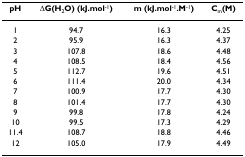
<table><thead><tr><td><b>pH</b></td><td><b>ΔG(H<sub>2</sub>O) (kJ.mol<sup>-1</sup>)</b></td><td><b>m (kJ.mol<sup>-1</sup>.M<sup>-1</sup>)</b></td><td><b>C<sub>m</sub>(M)</b></td></tr></thead><tbody><tr><td>1</td><td>94.7</td><td>16.3</td><td>4.25</td></tr><tr><td>2</td><td>95.9</td><td>16.3</td><td>4.37</td></tr><tr><td>3</td><td>107.8</td><td>18.6</td><td>4.48</td></tr><tr><td>4</td><td>108.5</td><td>18.4</td><td>4.56</td></tr><tr><td>5</td><td>112.7</td><td>19.6</td><td>4.51</td></tr><tr><td>6</td><td>111.4</td><td>20.0</td><td>4.34</td></tr><tr><td>7</td><td>100.9</td><td>17.7</td><td>4.30</td></tr><tr><td>8</td><td>101.4</td><td>17.7</td><td>4.30</td></tr><tr><td>9</td><td>99.8</td><td>17.8</td><td>4.24</td></tr><tr><td>10</td><td>99.5</td><td>17.3</td><td>4.29</td></tr><tr><td>11.4</td><td>108.7</td><td>18.8</td><td>4.46</td></tr><tr><td>12</td><td>105.0</td><td>17.9</td><td>4.49</td></tr></tbody></table>